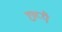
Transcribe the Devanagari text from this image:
छप्पै